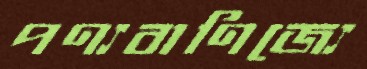
পণ্যবাণিজ্যে